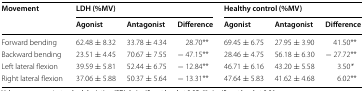
| <ROWSPAN=2> Movement | <COLSPAN=3> LDH (%MV) | <COLSPAN=3> Healthy control (%MV) |
 | Agonist | Antagonist | Difference | Agonist | Antagonist | Difference |
 | --- | --- | --- | --- | --- | --- | --- |
 | Forward bending | 62.48 ± 8.32 | 33.78 ± 4.34 | 28.70** | 69.45 ± 6.75 | 27.95 ± 3.90 | 41.50** |
 | Backward bending | 23.51 ± 4.45 | 70.67 ± 7.55 | − 47.15** | 28.46 ± 4.75 | 56.18 ± 6.30 | − 27.72** |
 | Left lateral flexion | 39.59 ± 5.81 | 52.44 ± 6.75 | − 12.84** | 46.71 ± 6.16 | 43.20 ± 5.58 | 3.50* |
 | Right lateral flexion | 37.06 ± 5.88 | 50.37 ± 5.64 | − 13.31** | 47.64 ± 5.83 | 41.62 ± 4.68 | 6.02** |